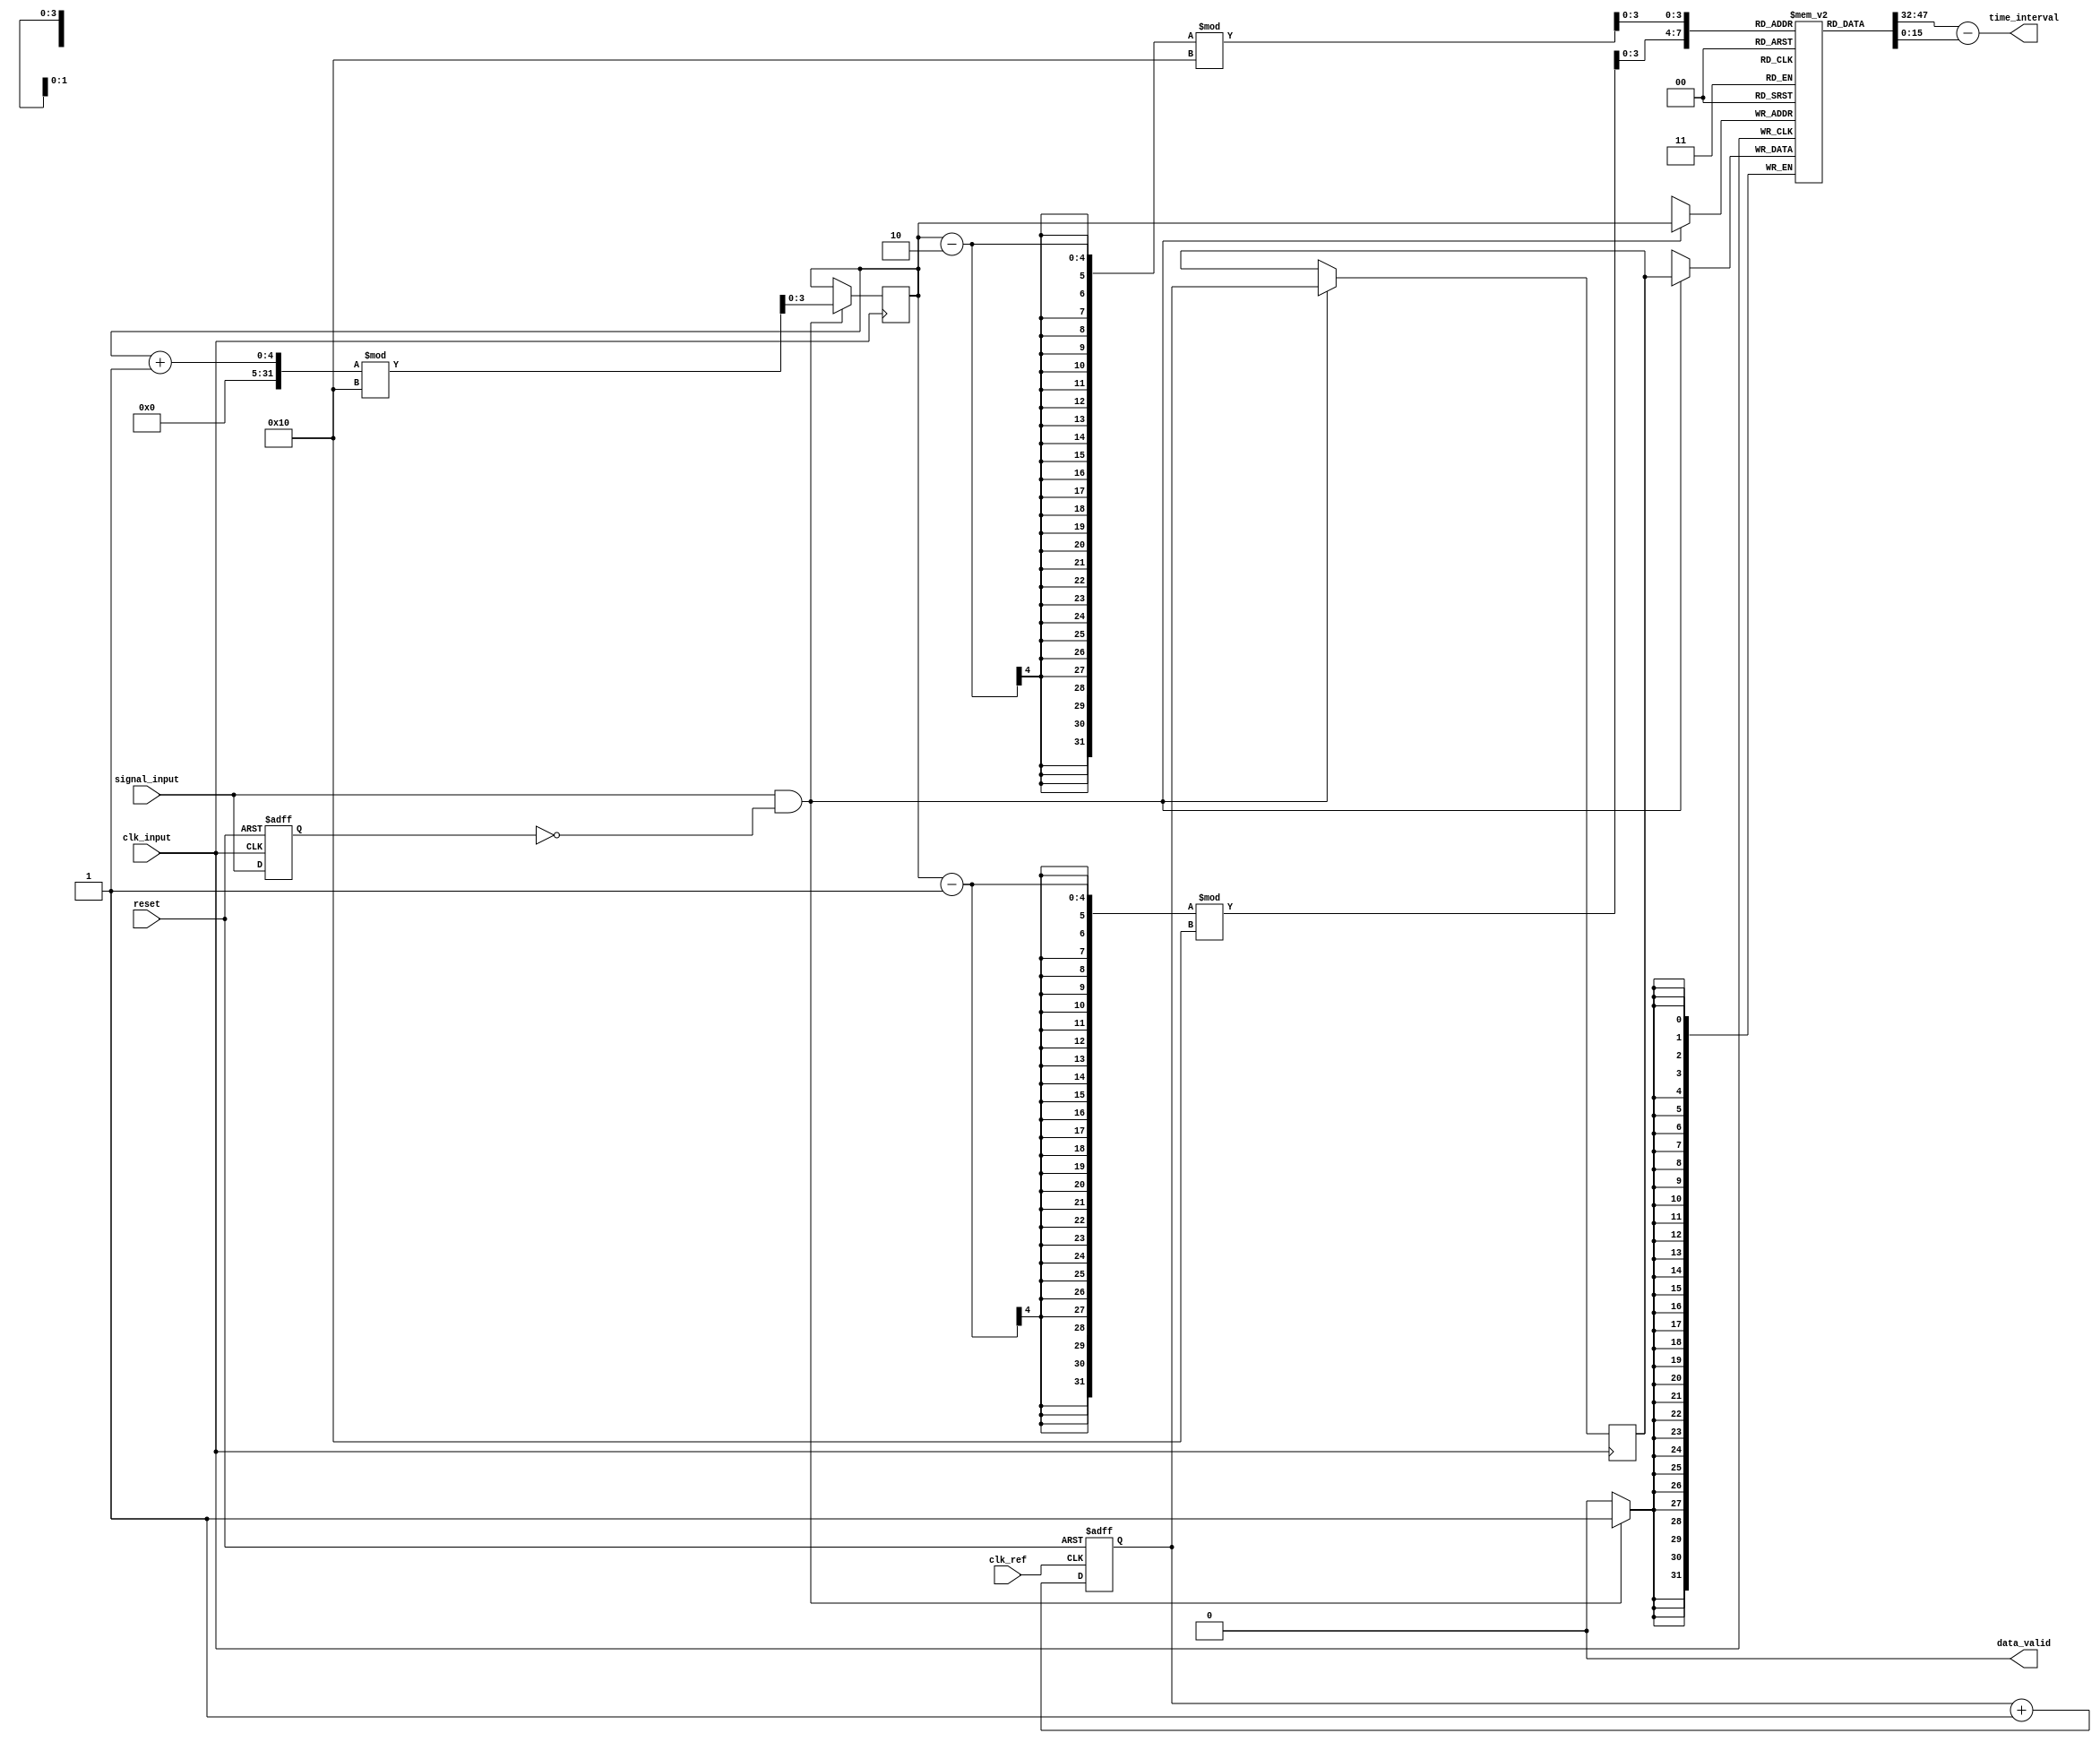
module TDC (
    input wire clk_ref,              // Reference clock for the counter
    input wire clk_input,            // Input clock (can be multi-domain)
    input wire signal_input,         // Input signal for timing measurement
    input wire reset,                // Reset signal
    output wire [15:0] time_interval, // Digital output for measured time interval
    output wire data_valid           // Signal indicating data is valid
);

    // Parameters
    parameter MEM_DEPTH = 16;       // Depth of the memory array
    parameter TIMESTAMP_WIDTH = 32;  // Width for timestamps

    // Memory storage for timestamps
    reg [TIMESTAMP_WIDTH-1:0] memory[0:MEM_DEPTH-1];
    reg [3:0] write_pointer = 0;      // Write pointer for memory
    reg data_ready = 0;                // Flag for data ready

    // Time counter
    reg [TIMESTAMP_WIDTH-1:0] counter = 0; // Counter for timestamps
    reg [TIMESTAMP_WIDTH-1:0] last_timestamp = 0; // Last timestamp captured

    // Edge detection logic
    reg signal_input_d = 0; // Delayed version of the input signal

    always @(posedge clk_input or posedge reset) begin
        if (reset) begin
            signal_input_d <= 0;
        end else begin
            signal_input_d <= signal_input; // Store the previous state
        end
    end

    // Time measurement logic
    always @(posedge clk_input) begin
        if (signal_input && !signal_input_d) begin // Rising edge detected
            last_timestamp <= counter; // Capture current timestamp
            memory[write_pointer] <= last_timestamp; // Store timestamp in memory
            write_pointer <= (write_pointer + 1) % MEM_DEPTH; // Update write pointer
            data_ready <= 1; // Set data valid flag
        end
    end

    // Counter incrementing logic
    always @(posedge clk_ref or posedge reset) begin
        if (reset) begin
            counter <= 0; // Reset counter
        end else begin
            counter <= counter + 1; // Increment counter
        end
    end

    // Output logic for time interval
    assign time_interval = memory[(write_pointer - 1) % MEM_DEPTH] - memory[(write_pointer - 2) % MEM_DEPTH];
    assign data_valid = data_ready;

    // Logic to cycle data_ready signal back to 0
    always @(posedge clk_ref or posedge reset) begin
        if (reset) begin
            data_ready <= 0;
        end else begin
            if (data_ready) begin
                // Clear data_ready after reading
                data_ready <= 0;
            end
        end
    end

endmodule